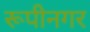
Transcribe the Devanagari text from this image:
रूपीनगर